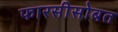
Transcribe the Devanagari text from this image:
फारसीसोबत